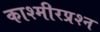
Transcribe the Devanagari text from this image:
काश्‍मीरप्रश्‍न